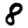
Digit: 8